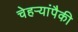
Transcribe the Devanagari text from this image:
चेहऱ्यांपैकी